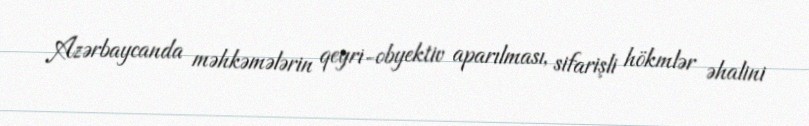
Azərbaycanda məhkəmələrin qeyri-obyektiv aparılması, sifarişli hökmlər əhalini